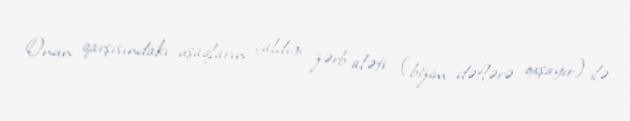
Onun qarşısındakı uşaqların çaldığı zərb aləti (bizim dəflərə oxşayır) ilə